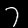
Label: 7